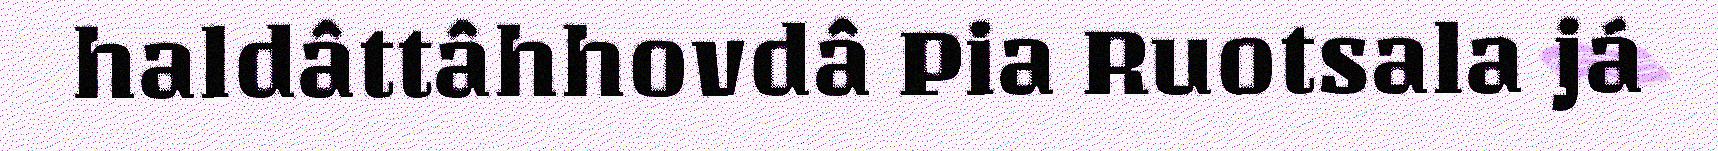
haldâttâhhovdâ Pia Ruotsala já